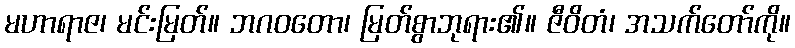
မဟာရာဇ၊ မင်းမြတ်။ ဘဂဝတော၊ မြတ်စွာဘုရား၏။ ဇီဝိတံ၊ အသက်တော်ကို။